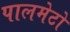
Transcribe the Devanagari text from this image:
पालमेटो